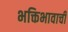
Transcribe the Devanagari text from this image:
भक्तिभावाची